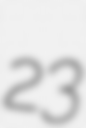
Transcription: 23